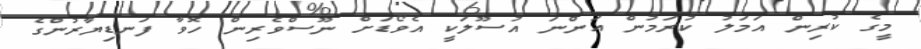
މީގެ ކުރިން އަމަލު ކުރަމުން އަންނަ އުސޫލަކީ އެވޯޑަށް ނޫސްވެރިން ހޮވާ ފަނޑިޔާރުންގެ